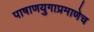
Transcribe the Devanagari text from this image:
पाषाणयुगाप्रमाणेच